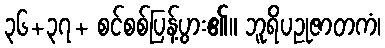
၃၆+၃၇+ စင်စစ်ပြန့်ပွား၏။ ဘူရိပဥုဇာတကံ၊